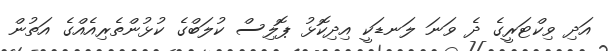
އަދި ވިކްޓަރީގެ ދެ ވަނަ ލަނޑަކީ އިދިކޮޅު ޕޮލިސް ކުލަބްގެ ކުޅުންތެރިއެއްގެ އަތުން